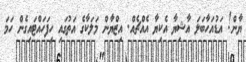
ޔާން! އަޑުއަހާބަލަ އާޝިޔާ އެކިޔާ އެއްޗެއް. އިޒްޔާން މަލަކާގެ އަތުގައި ހިފަހައްޓައިގެން ހަމަ